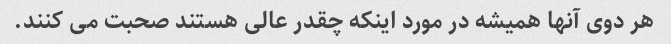
هر دوی آنها همیشه در مورد اینکه چقدر عالی هستند صحبت می کنند.